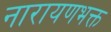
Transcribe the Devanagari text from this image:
नारायणभक्त